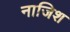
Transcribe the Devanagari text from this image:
नाजिश